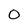
Character: O